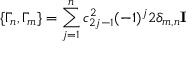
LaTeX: \{ \Gamma _ { n } , \Gamma _ { m } \} = \sum _ { j = 1 } ^ { n } c _ { 2 j - 1 } ^ { 2 } ( - 1 ) ^ { j } 2 \delta _ { m , n } { \bf I }